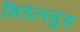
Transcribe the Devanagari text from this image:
मिडलवुड